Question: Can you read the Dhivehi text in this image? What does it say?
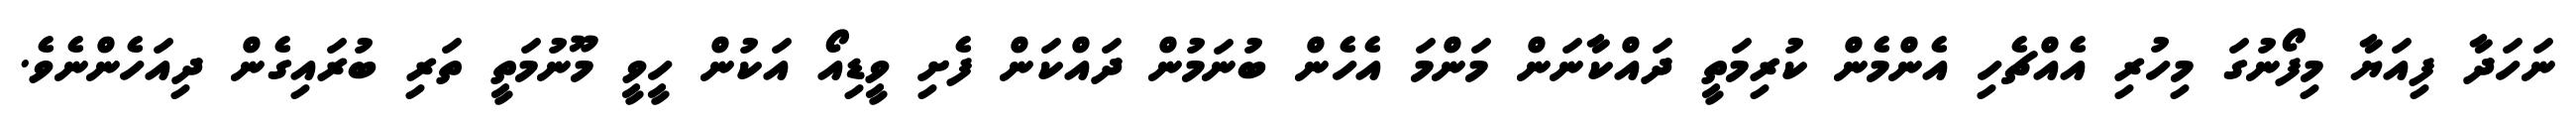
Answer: ނަހަދާ ފިއަޔާ މިފޯނުގަ މިހުރި އެއްޗެހި އެންމެން ކުރިމަތީ ދައްކާނަން މަންމަ އެހެން ބުނަމުން ދައްކަން ފެށި ވީޑިއޯ އަކުން ހީވީ މޫނުމަތީ ތަރި ބުރައިގެން ދިއަހެންނެވެ.